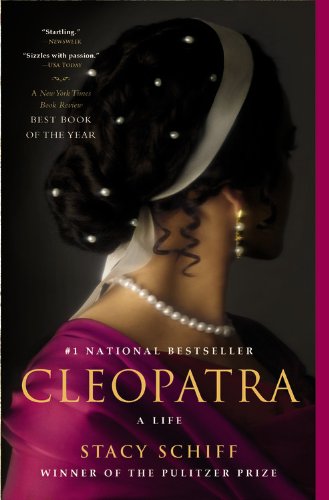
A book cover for Cleopatra: A Life; Stacy Schiff; Biographies & Memoirs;